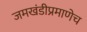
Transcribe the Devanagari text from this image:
जमखंडीप्रमाणेच